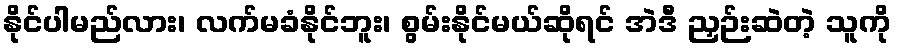
နိုင်ပါမည်လား၊ လက်မခံနိုင်ဘူး၊ စွမ်းနိုင်မယ်ဆိုရင် အဲဒီ ညှဉ်းဆဲတဲ့ သူကို